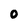
Character: 0